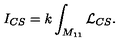
I _ { C S } = k \int _ { M _ { 1 1 } } { \cal L } _ { C S } .